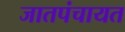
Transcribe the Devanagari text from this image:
जातपंचायत